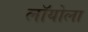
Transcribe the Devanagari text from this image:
लॉयोला